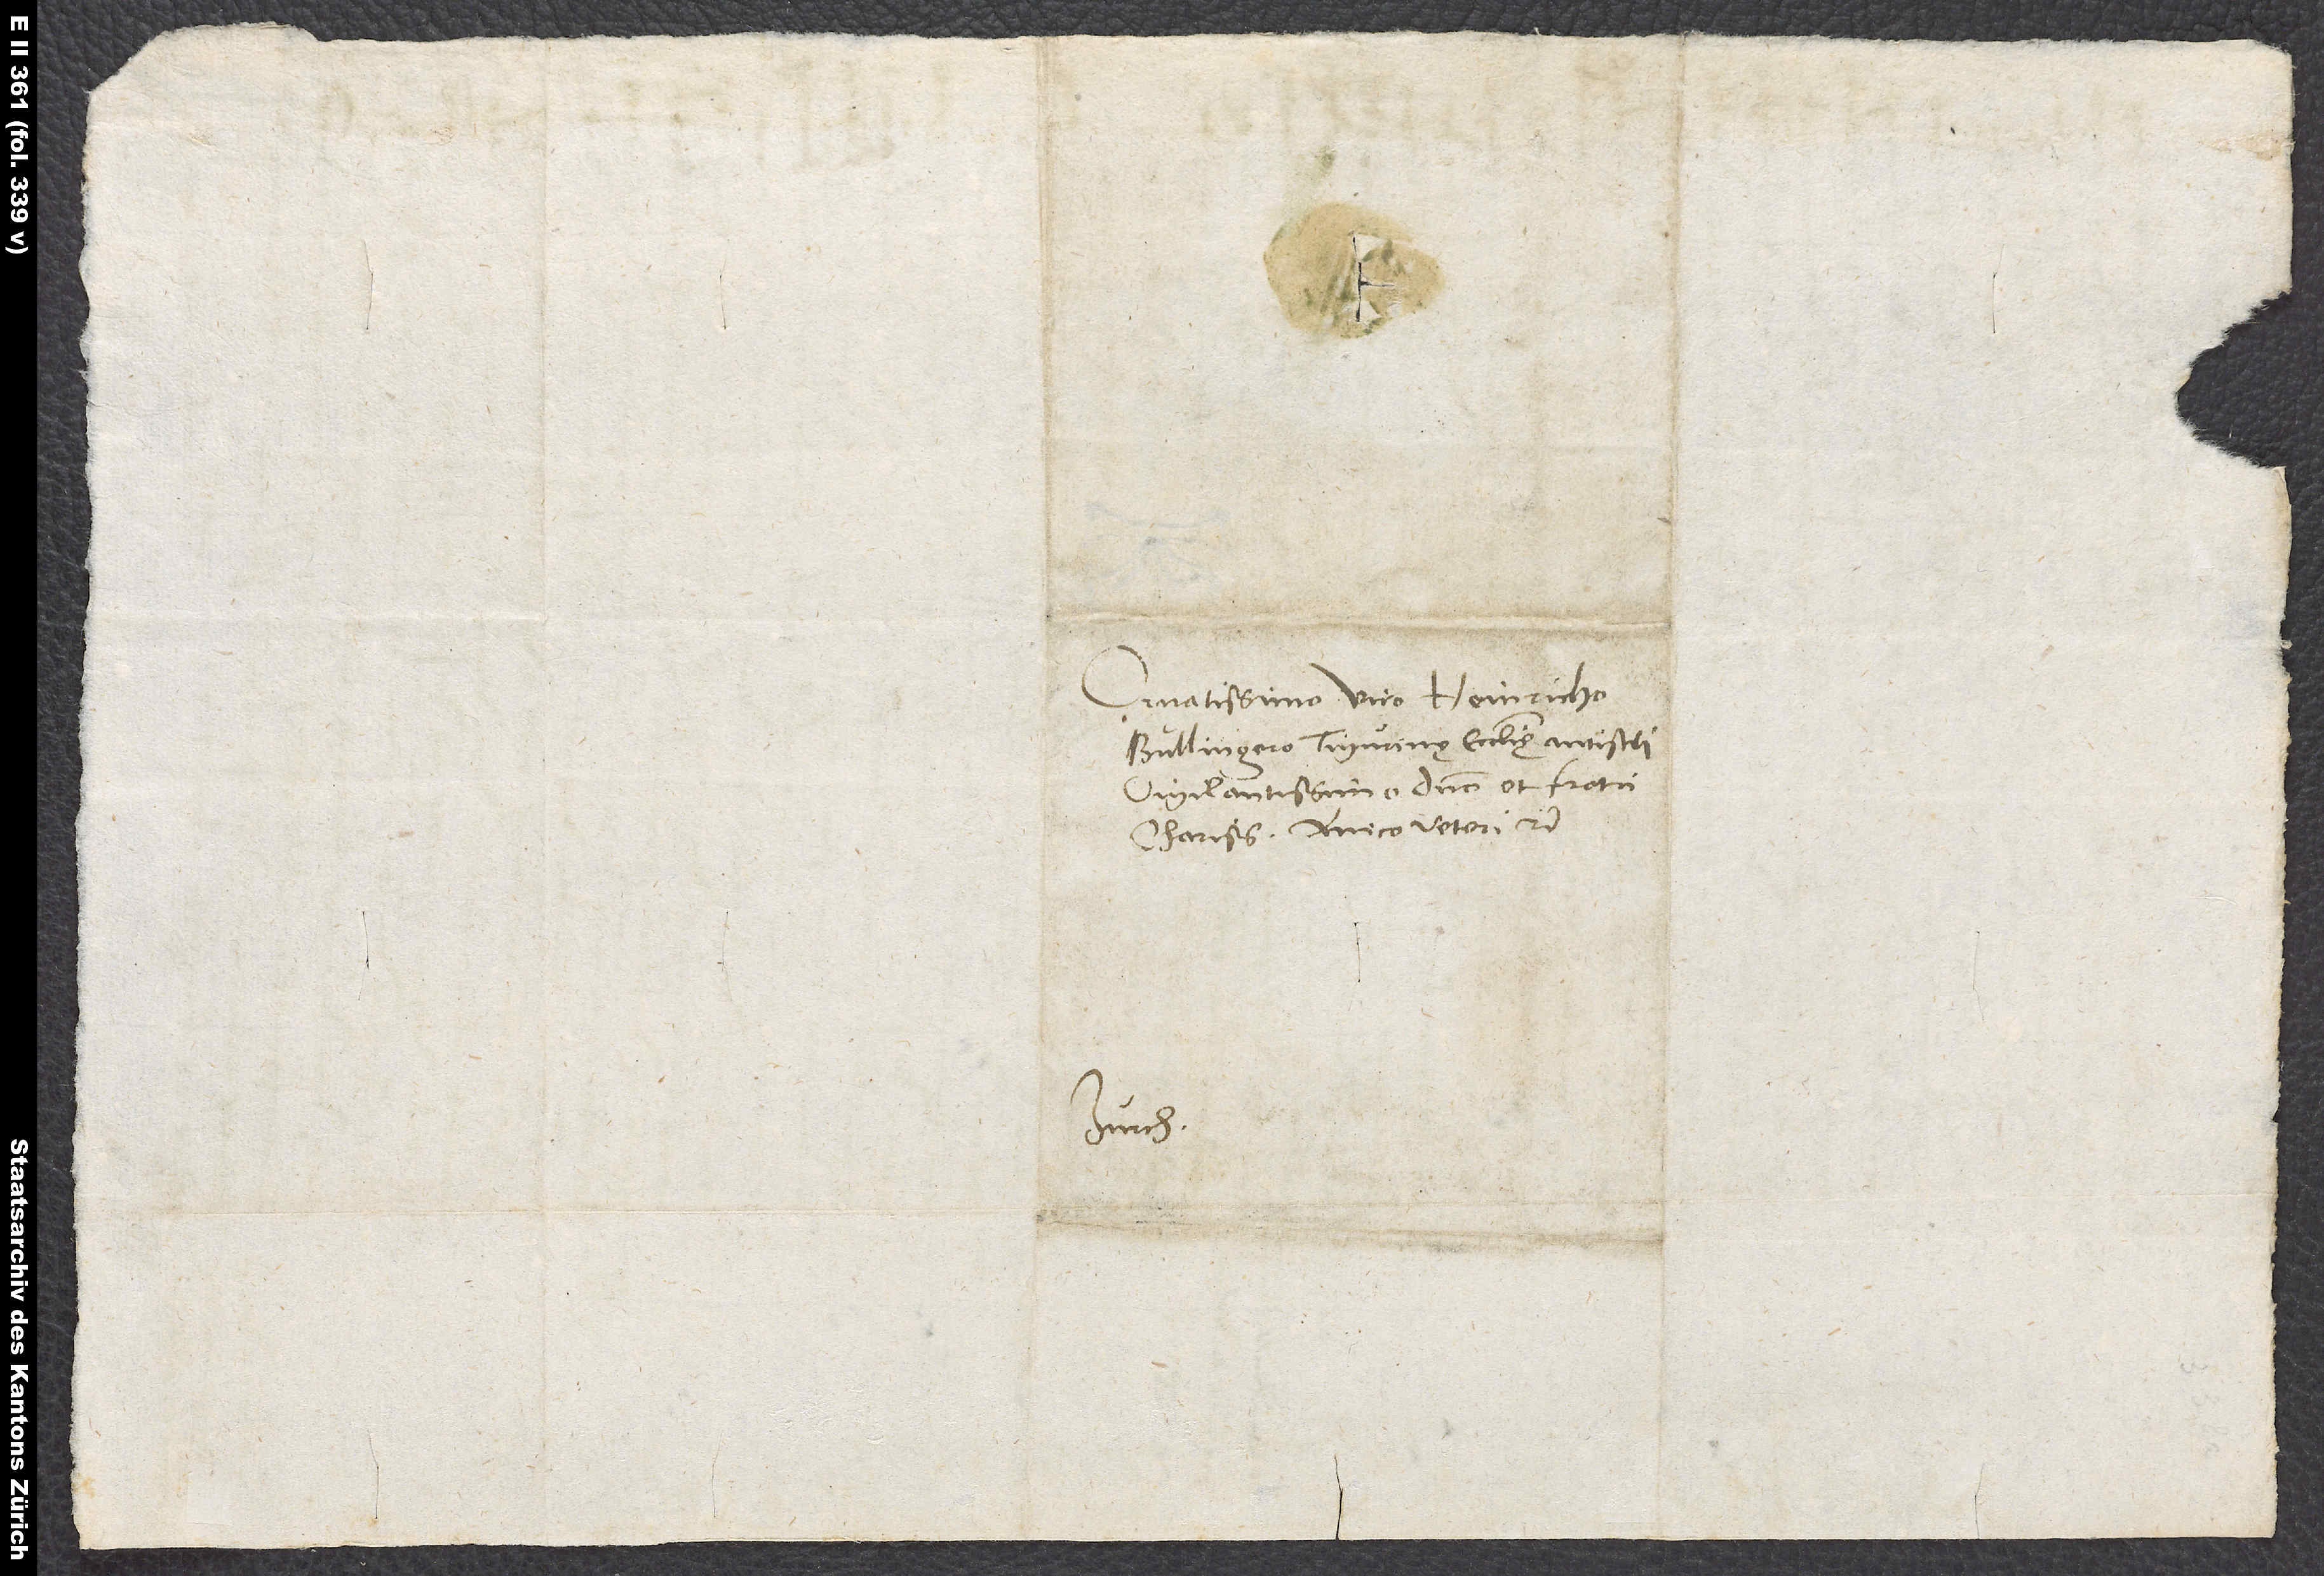
Ornatissimo viro Heinricho
Bullingero, Tigurinę ecclesię antistiti
vigilantissimo, domino et fratri
charissimo, amico veteri, etc.
Zurch.